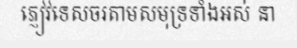
ភ្ញៀវទេសចរតាមសមុទ្រទាំងអស់ នា